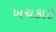
ખચકાઈ